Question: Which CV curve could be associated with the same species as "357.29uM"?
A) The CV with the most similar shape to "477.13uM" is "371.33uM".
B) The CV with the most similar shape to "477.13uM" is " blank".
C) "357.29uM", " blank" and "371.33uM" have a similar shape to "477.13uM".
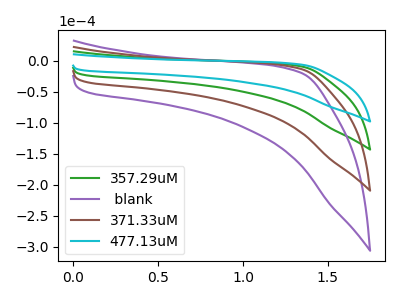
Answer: <think>The green curve "357.29uM" has no peaks. The purple curve " blank" has no peaks. The brown curve "371.33uM" has no peaks. The cyan curve "477.13uM" has no peaks.
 Neither "357.29uM" or " blank" have any peaks. Neither "357.29uM" or "371.33uM" have any peaks. Neither "357.29uM" or "477.13uM" have any peaks. Neither " blank" or "371.33uM" have any peaks. Neither " blank" or "477.13uM" have any peaks. Neither "371.33uM" or "477.13uM" have any peaks.</think>
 <answer>C) "357.29uM", " blank" and "371.33uM" have a similar shape to "477.13uM".</answer>
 <eval>C</eval>